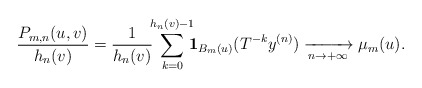
\begin{align*}\frac{P_{m,n}(u,v)}{h_n(v)}=\frac{1}{h_n(v)}\!\!\sum_{k=0}^{h_n(v)-1}\!\!\!{\bf 1}_{B_m(u)}(T^{-k}y^{(n)})\xrightarrow[n\to+\infty]{} \mu_m(u).\end{align*}